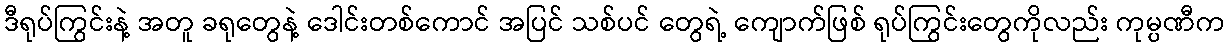
ဒီရုပ်ကြွင်းနဲ့ အတူ ခရုတွေနဲ့ ဒေါင်းတစ်ကောင် အပြင် သစ်ပင် တွေရဲ့ ကျောက်ဖြစ် ရုပ်ကြွင်းတွေကိုလည်း ကုမ္ပဏီက